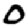
Digit: 0